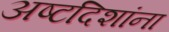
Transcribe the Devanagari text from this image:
अष्टदिशांना